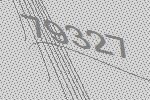
79327